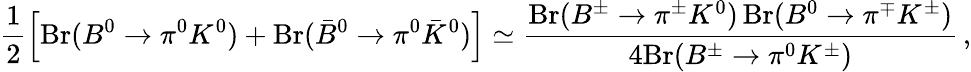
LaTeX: \frac 12\Big[\mathrm{Br}(B^{0}\to\pi^{0}K^{0})+\mathrm{Br}(\bar{B}^{0}\to\pi^{0}\bar{K}^{0})\Big]\simeq\frac{\mathrm{Br}(B^{\pm}\to\pi^{\pm}K^{0})\, \mathrm{Br}(B^{0}\to\pi^{\mp}K^{\pm})}{4\mathrm{Br}(B^{\pm}\to\pi^{0}K^{\pm})}\, ,